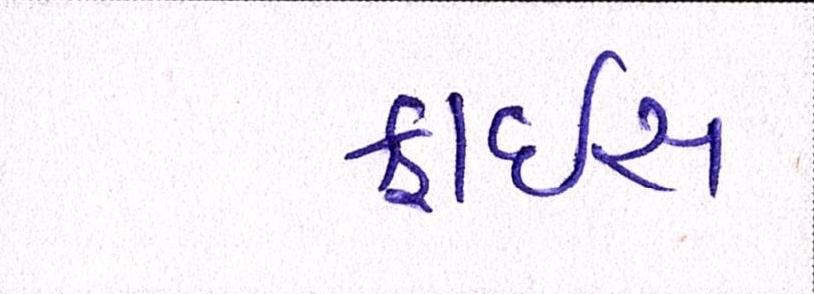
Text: ફ્રાઇસ